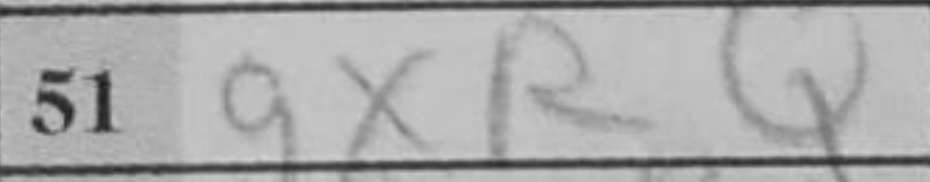
Transcription: gxRQ